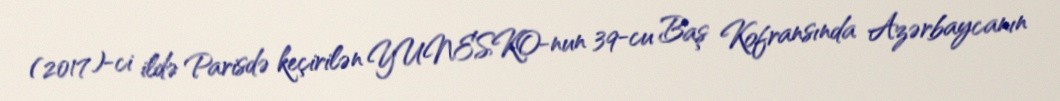
(2017)-ci ildə Parisdə keçirilən YUNESKO-nun 39-cu Baş Kofransında Azərbaycanın